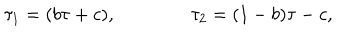
LaTeX: \tau _ { 1 } = ( b \tau + c ) , \qquad \qquad \tau _ { 2 } = ( 1 - b ) \tau - c ,